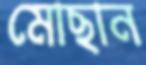
মোছান